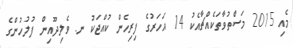
މެއި 2015 މަސްތުވާތަކެއްޗާއެކު 14 އަހަރުގެ ފިރިހެން ކުއްޖަކު ނ. ވެލިދޫއިން ފުލުހުންގެ